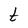
Character: t